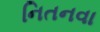
નિતનવા